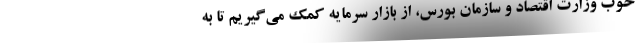
خوب وزارت اقتصاد و سازمان بورس، از بازار سرمایه کمک می‌گیریم تا به